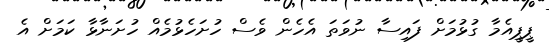
ޕީޕީއެމާ ގުޅުމަށް ފައިސާ ނުވަތަ އެހެން ވެސް ހުށަހެޅުމެއް ހުށަނާޅާ ކަމަށް އެ